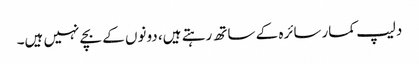
دلیپ کمارسائرہ کے ساتھ رہتے ہیں، دونوں کے بچے نہیں ہیں۔